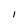
Character: I